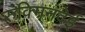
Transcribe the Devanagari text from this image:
रुक्मिनदेई